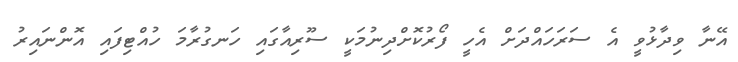
އޭނާ ވިދާޅުވީ އެ ސަރަހައްދަށް އެހީ ފޯރުކޮށްދިނުމަކީ ސޫރިއާގައި ހަނގުރާމަ ހުއްޓިފައި އޮންނައިރު